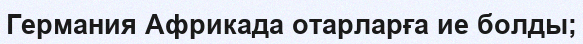
Германия Африкада отарларға ие болды;